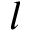
l